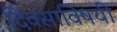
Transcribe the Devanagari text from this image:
दिवसाविषयी